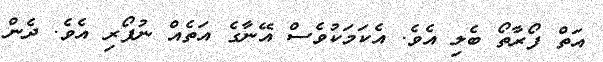
އަތް ފޯރާތޯ ބެލި އެވެ. އެކަމަކުވެސް އޭނާގެ އަތެއް ނުފޯރި އެވެ. ދެން